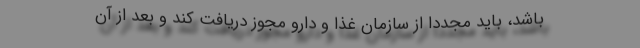
باشد، باید مجددا از سازمان غذا و دارو مجوز دریافت کند و بعد از آن